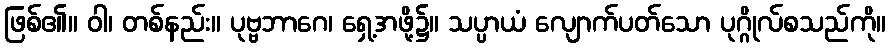
ဖြစ်၏။ ဝါ၊ တစ်နည်း။ ပုဗ္ဗဘာဂေ၊ ရှေ့အဖို့၌။ သပ္ပာယံ လျောက်ပတ်သော ပုဂ္ဂိုလ်စသည်ကို။